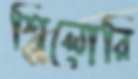
শিলোরি